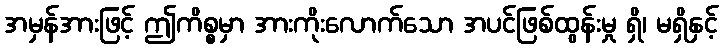
အမှန်အားဖြင့် ဤကိစ္စမှာ အားကိုးလောက်သော အပင်ဖြစ်ထွန်းမှု ရှိ၊ မရှိနှင့်